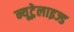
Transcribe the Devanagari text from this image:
न्यूट्रेलाइज्ड